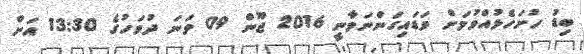
ބިޑު ހުށަހެޅުއްވުމަށް ވަޑައިގަންނަވާނީ 2016 ޖޫން 09 ވަނަ ދުވަހުގެ 13:30 އަށް